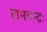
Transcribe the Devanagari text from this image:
रामचन्द्रः